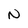
Character: N